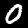
Label: 0